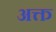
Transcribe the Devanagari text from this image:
अक्त